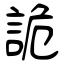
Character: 詭